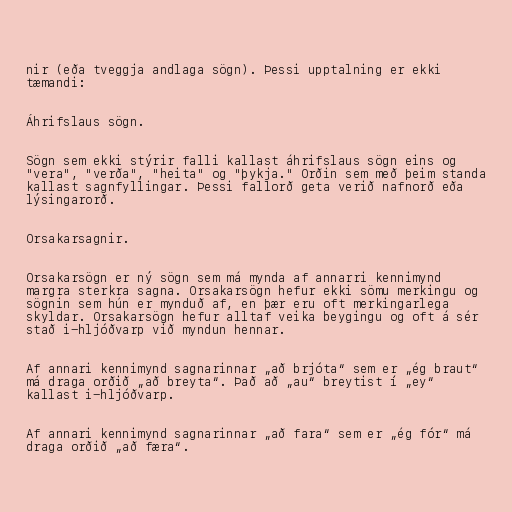
nir (eða tveggja andlaga sögn). Þessi upptalning er ekki
tæmandi:

Áhrifslaus sögn.

Sögn sem ekki stýrir falli kallast áhrifslaus sögn eins og
"vera", "verða", "heita" og "þykja." Orðin sem með þeim standa
kallast sagnfyllingar. Þessi fallorð geta verið nafnorð eða
lýsingarorð.

Orsakarsagnir.

Orsakarsögn er ný sögn sem má mynda af annarri kennimynd
margra sterkra sagna. Orsakarsögn hefur ekki sömu merkingu og
sögnin sem hún er mynduð af, en þær eru oft merkingarlega
skyldar. Orsakarsögn hefur alltaf veika beygingu og oft á sér
stað i-hljóðvarp við myndun hennar.

Af annari kennimynd sagnarinnar „að brjóta“ sem er „ég braut“
má draga orðið „að breyta“. Það að „au“ breytist í „ey“
kallast i-hljóðvarp.

Af annari kennimynd sagnarinnar „að fara“ sem er „ég fór“ má
draga orðið „að færa“.